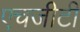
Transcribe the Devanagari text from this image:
एचजीटी